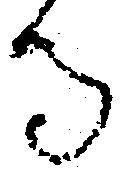
る